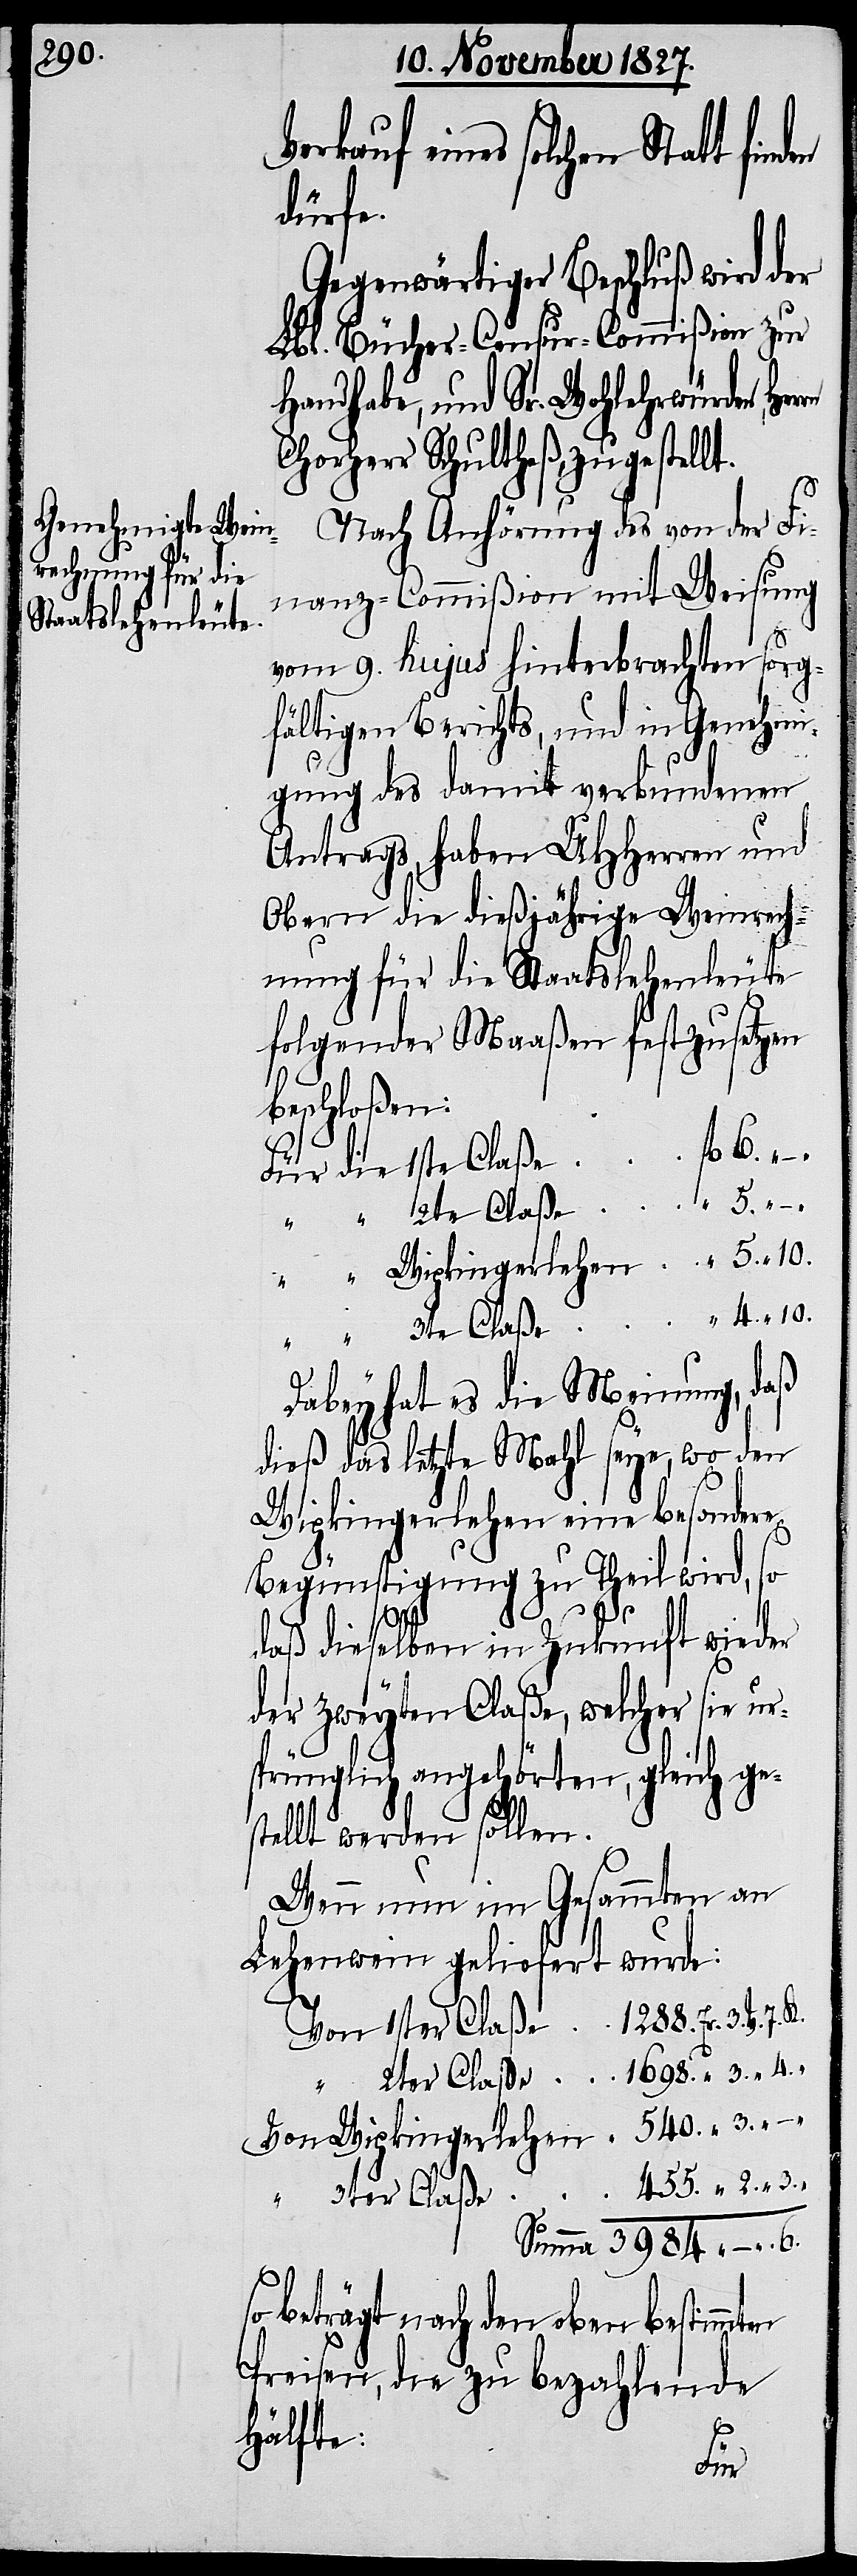
rkauf eines solchen Statt fin¬
dürfe.
Gegenwärtiger Beschluß wird der
Lbl. Bücher-Censur-Commißion zur
Handhabe, und Sr. Wohlehrwürden;
Chorherr Schultheß, zugestellt.
Nach Anhörung des von der Fi¬
nanz-Commißion mit Weisung
vom 9. hujus hinterbrachten sorg¬
fältigen Berichts, und in Genehmi¬
gung des damit verbundenen
Antrags, haben UHHerren und
Obern die dießjährige Weinrech¬
nung für die Staatslehenleute
folgender Maaßen festzusetzen
beschloßen:
Für die 1ste Claße	fl. 6. 	–
“ “ Wipkingerlehen	“ 5. 	10.
“ “ 3te Claße	“ 4.	10.
Dabey hat es die Meinung, daß
dieß das letzte Mahl seye, wo den
Wipkingerlehen eine besondere
Begünstigung zu Theil wird, so
daß dieselben in Zukunft wieder
der zweyten Claße, welcher sie ur¬
sprünglich angehörten, gleich ge¬
stellt werden sollen.
Wenn nun im Gesammten an
Lehenwein geliefert wurde:
Von 1ster Claße	1288. Er.	3.
Von Wipkingerlehen	 540.
“ 3ter Claße
Summa 	3984.
so beträgt nach den oben bestimm¬
Preisen, die zu bezahlende
Hälfte:
ten